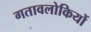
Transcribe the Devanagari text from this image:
गतावलोकियों